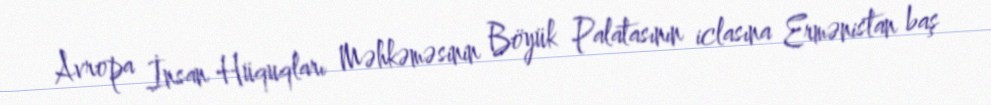
Avropa İnsan Hüquqları Məhkəməsinin Böyük Palatasının iclasına Ermənistan baş